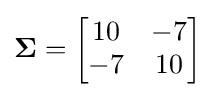
\mathbf {\Sigma } ={\begin{bmatrix}10&-7\\-7&10\end{bmatrix}}